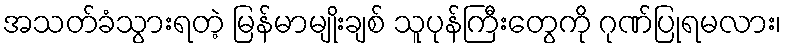
အသတ်ခံသွားရတဲ့ မြန်မာမျိုးချစ် သူပုန်ကြီးတွေကို ဂုဏ်ပြုရမလား၊